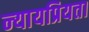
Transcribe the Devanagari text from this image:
न्‍यायप्रियता